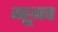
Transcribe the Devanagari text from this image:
म्ह्णूनच